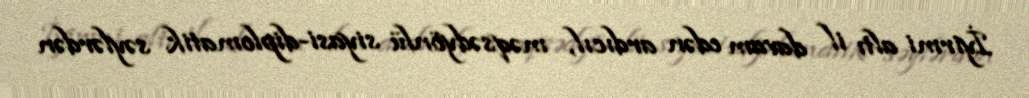
İyirmi altı il davam edən ardıcıl, məqsədyönlü siyasi-diplomatik səylərdən